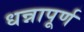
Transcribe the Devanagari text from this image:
धन्नापूर्ण